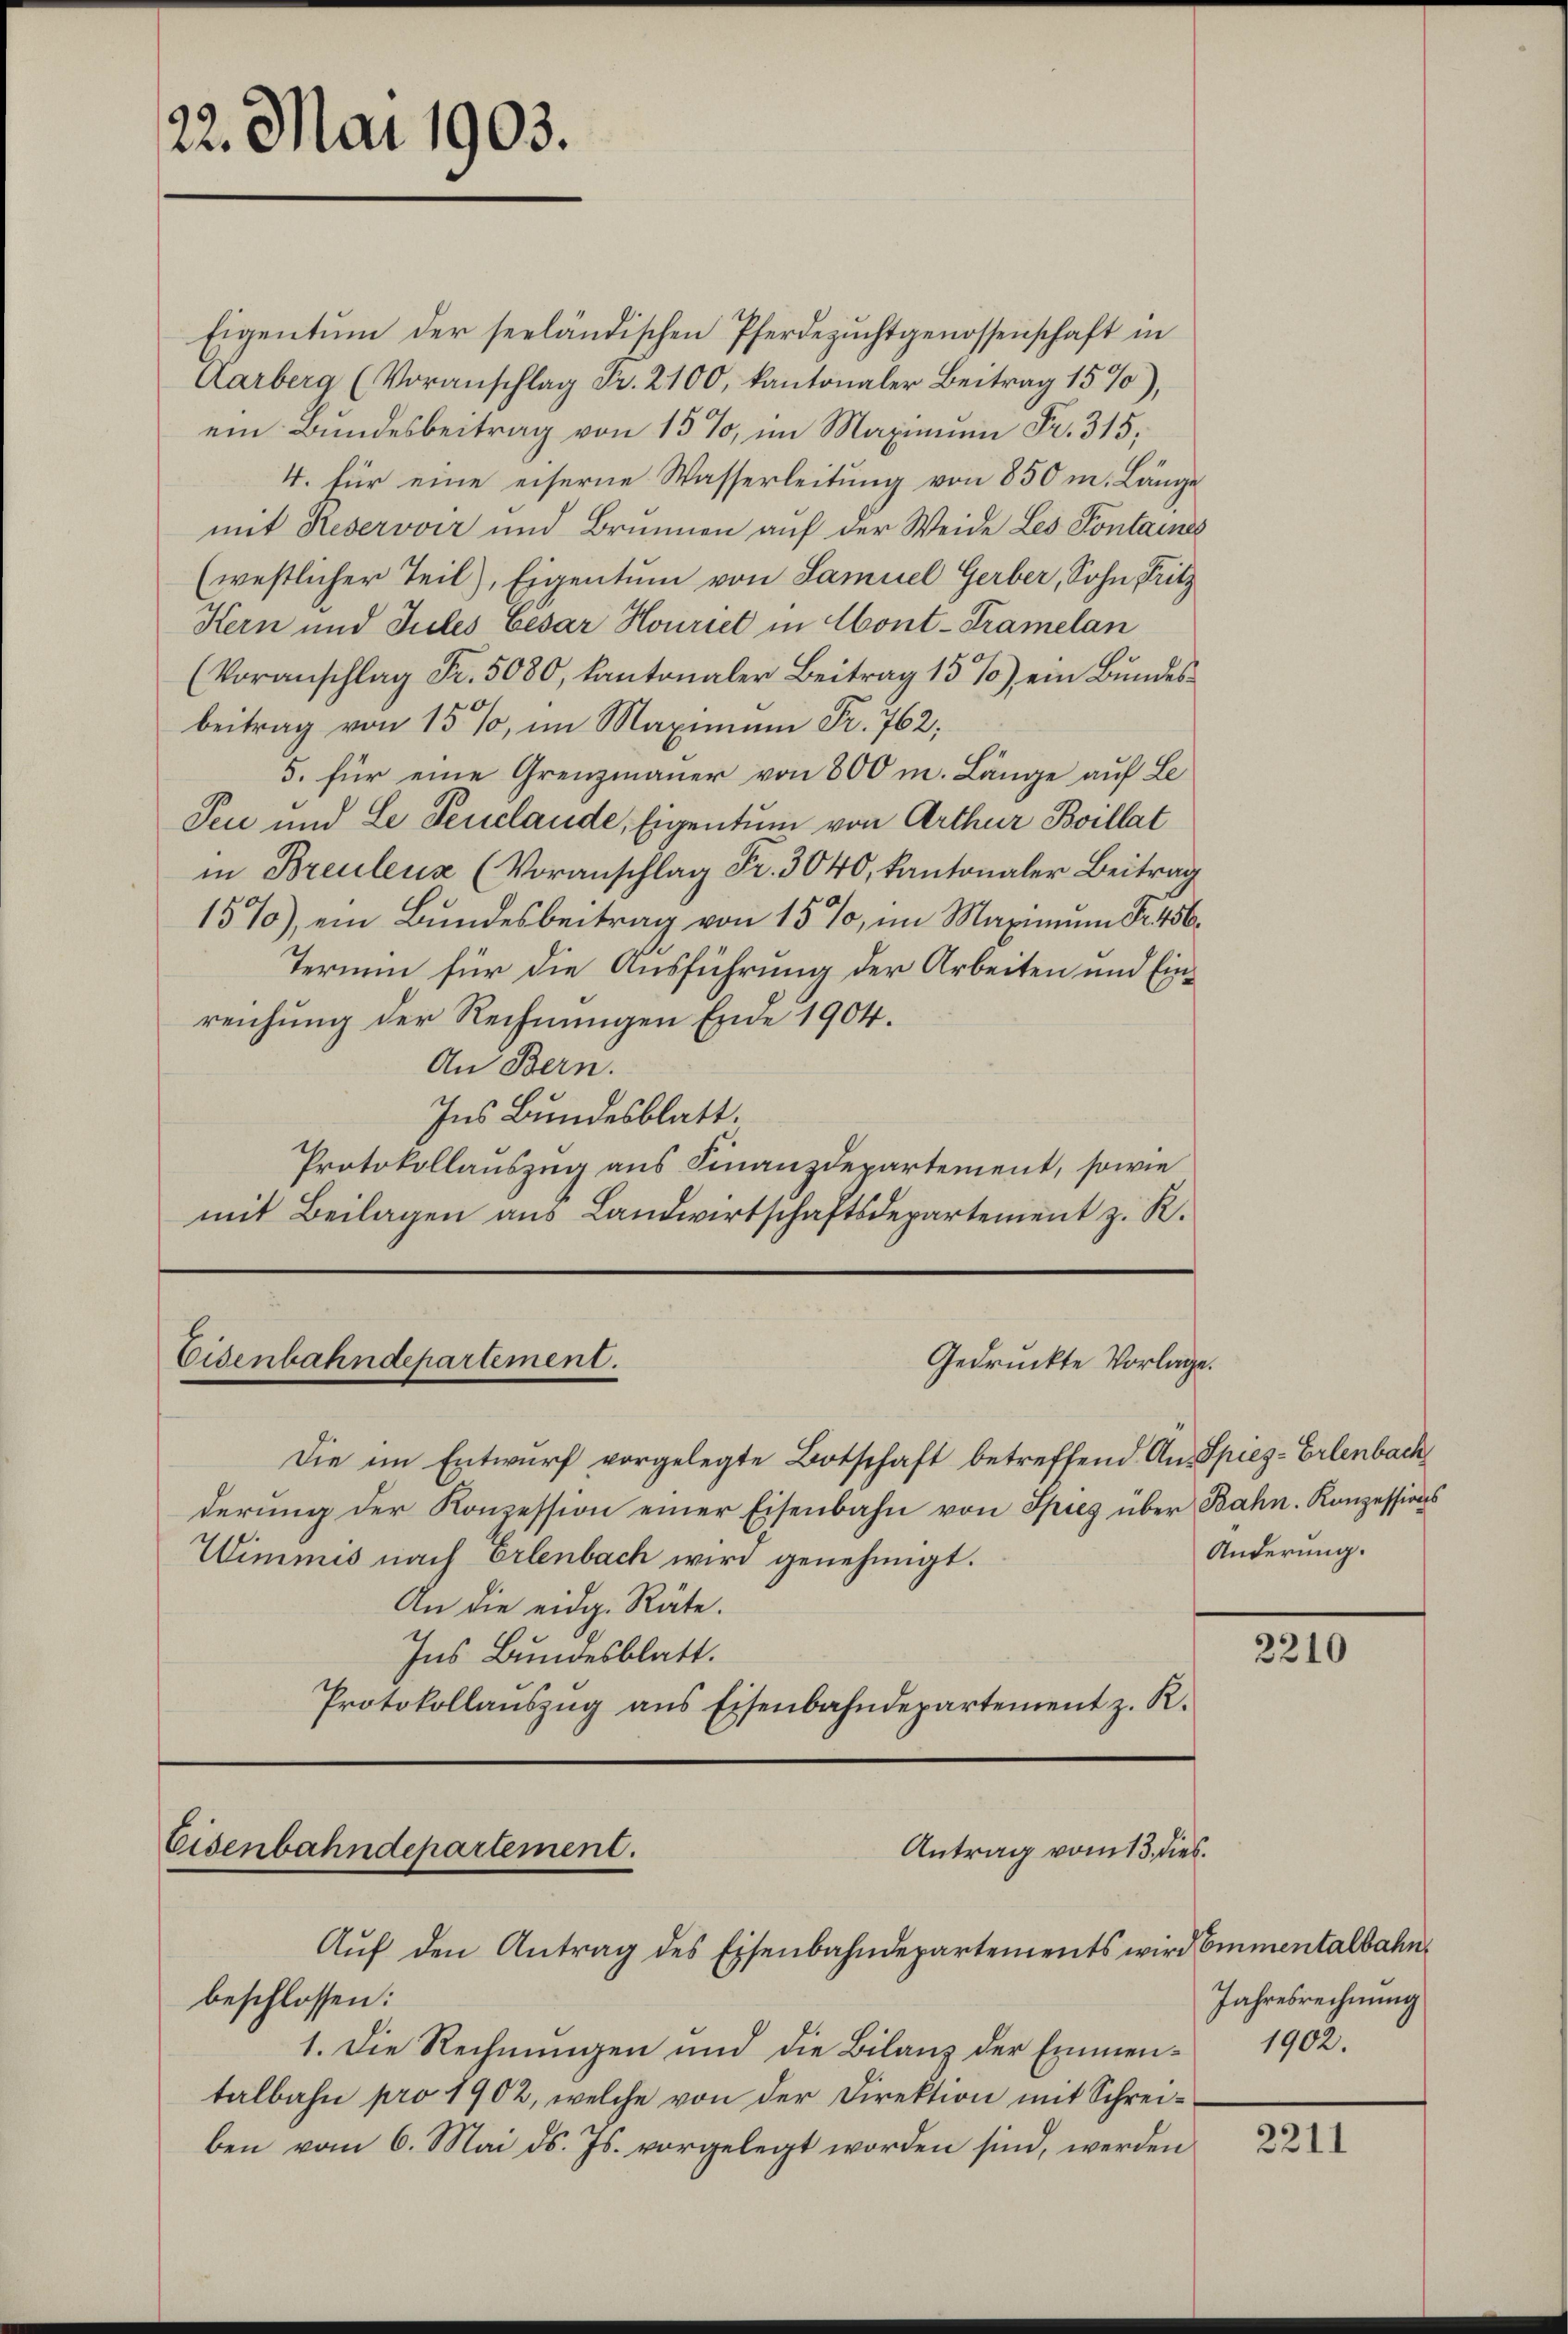
22. Mai 1903.

Eigentum der seeländischen Pferdezuchtgenossenschaft in
Aarberg (Voranschlag Fr. 2100, kantonaler Beitrag 15%),
ein Bundesbeitrag von 15%, im Maximum Fr. 315,
4. für eine eiserne Wasserleitung von 850 m. Länge
mit Reservoir und Brunnen auf der Weide Les Fontaines
(westlicher Teil), Eigentum von Samuel Gerber, Sohn Fritz
Kern und Jules Cesar Honriet in Abont-Tramelan
(Voranschlag Fr. 5080, kantonaler Beitrag 15 %) ein Bŭndesbeitrag von 15 %, im Maximum Fr. 762;
5. für eine Grenzmauer von 800 m. Länge auf Le
Peu und Le Feuclaude, Eigentum von Arthur Boillat
in Breuleux (Voranschlag Fr. 3040, kantonaler Beitrag
157), ein Bundesbeitrag von 15%, im Maximum Fr. 456
Termin für die Ausführung der Arbeiten und Einreichung der Rechnungen Ende 1904.
An Bern.
Ins Bundesblatt.
Protokollauszug aus Finanzdepartement, sowie
mit Beilagen aus Landwirtschaftsdepartement z. R.

Gedruckte Vorlage.
Die im Entwurf vorgelegte Botschaft betreffend An Spies-Erlenbach
derŭng der Konzession einer Eisenbahn von Spies über Bahn. Konzessions
Wimmis nach Erlenbach wird genehmigt.
An die eidg. Räte.
Ins Bundesblatt.
Protokollaŭszŭg ans Eisenbahndepartement z. R.
Eisenbahndepartement.
Antrag vom 13. dies
Aŭf den Antrag des Eisenbahndepartements wird Emmentalbahnbeschlossen:
1. Die Rechnungen und die Bilanz der Emmen- 1902.
talbahn pro 1902, welche von der Direktion mit Schreiben vom 6. Mai d. Js. vorgelegt worden sind, werden

Eisenbahndepartement.

Änderung.

2210

Jahresrechnung

2211